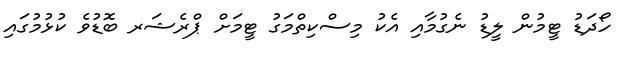
ހޯދަޑު ޓީމުން ލީޑު ނެގުމާއި އެކު މިސްކިތްމަގު ޓީމަށް ޕްރެޝަރ ބޮޑުވެ ކުޅުމުގައި